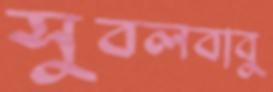
সুবলবাবু